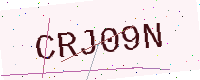
Text: CRJ09N